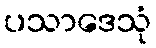
ပသာဒေသုံ